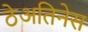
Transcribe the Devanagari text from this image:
ठेअतिनेस